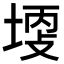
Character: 𡎩